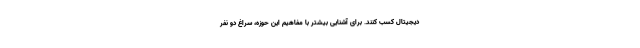
دیجیتال کسب کنند. برای آشنایی بیشتر با مفاهیم این حوزه، سراغ دو نفر